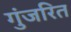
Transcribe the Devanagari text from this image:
गुंजरित